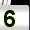
Digit: 5